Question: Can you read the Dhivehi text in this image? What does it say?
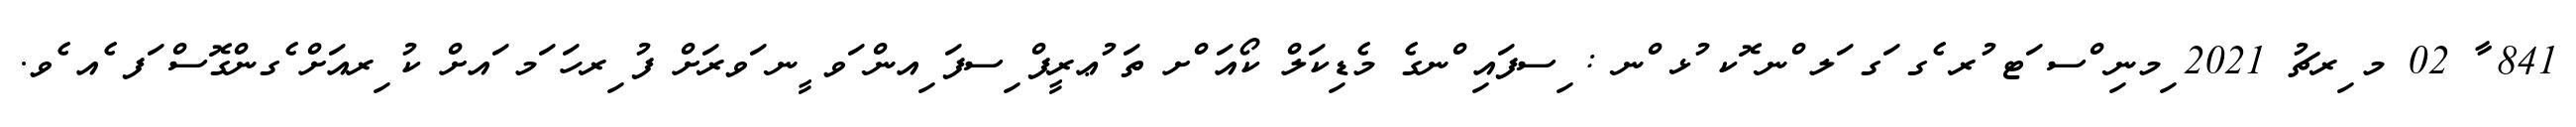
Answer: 841 ާ 02 މ ިރޗު 2021 ިމނި ްސ ަޓ ުރ ެގ ަގ ަލ ްނ ޮކ ުޅ ްނ : ިސފައި ްނގެ މެޑިކަލް ކޯއަ ްށ ތަ ުޢރީފް ިސފަ ިއން ަވ ީނ ަވރަށް ފު ިރހަ ަމ ައށް ކު ިރއަށް ެގންގޮސް ަފ ެއ ެވ.